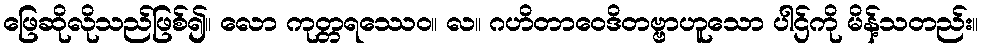
ဖြေဆိုလိုသည်ဖြစ်၍။ လော ကုတ္တရဿေဝ။ လ။ ဂဟိတာဝေဒိတဗ္ဗာဟူသော ပါဌ်ကို မိန့်သတည်း။